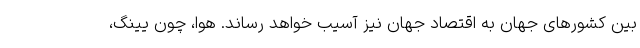
بین کشور‌های جهان به اقتصاد جهان نیز آسیب خواهد رساند. هوا، چون یینگ،